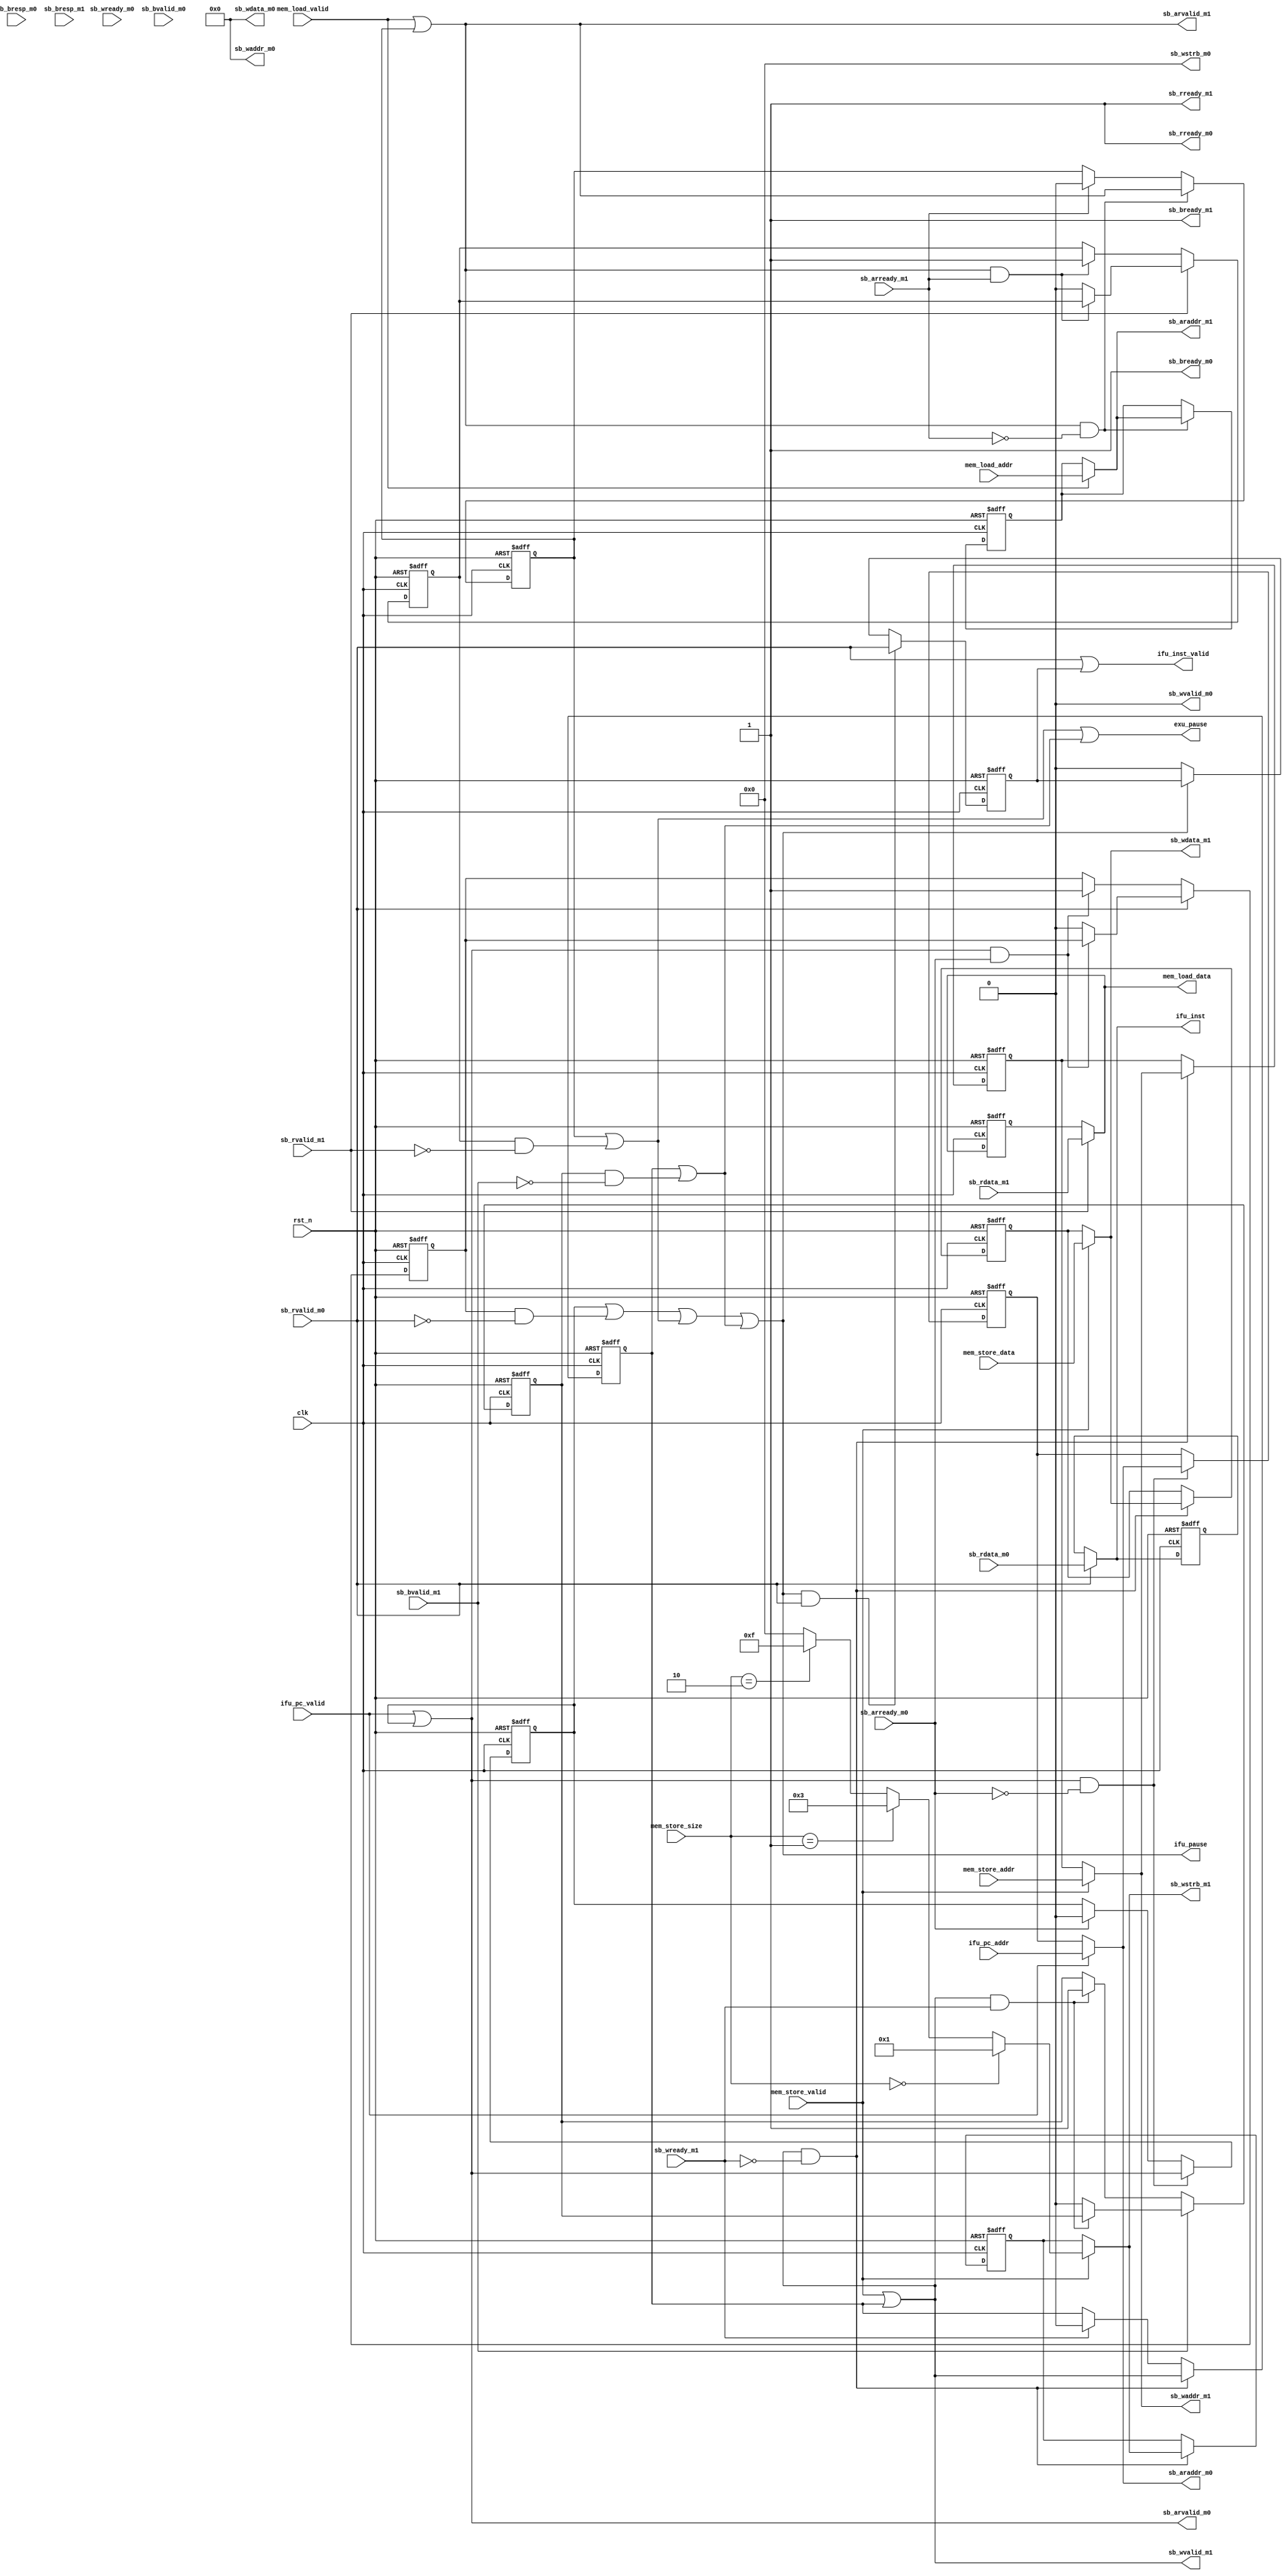
//-----------------------------------------------------------------------------
//   Copyright 2022 GanLing, 1577959692@qq.com
//
//   Licensed under the Apache License, Version 2.0 (the "License");
//   you may not use this file except in compliance with the License.
//   You may obtain a copy of the License at
//
//       http://www.apache.org/licenses/LICENSE-2.0
//
//   Unless required by applicable law or agreed to in writing, software
//   distributed under the License is distributed on an "AS IS" BASIS,
//   WITHOUT WARRANTIES OR CONDITIONS OF ANY KIND, either express or implied.
//   See the License for the specific language governing permissions and
//   limitations under the License.
//-----------------------------------------------------------------------------

module core_c1_biu (

//--------------------------------------------
// master 0: ifu instrucrtion fetch
//--------------------------------------------
input   [31:0]  ifu_pc_addr,
input           ifu_pc_valid,
output  [31:0]  ifu_inst,
output          ifu_inst_valid,

output          ifu_pause,

// read address channel
output          sb_arvalid_m0,
input           sb_arready_m0,
output  [31:0]  sb_araddr_m0,
// read data channel
input           sb_rvalid_m0,
output          sb_rready_m0,
input   [31:0]  sb_rdata_m0,
// write channel
output          sb_wvalid_m0,
input           sb_wready_m0,
output  [31:0]  sb_waddr_m0,
output  [31:0]  sb_wdata_m0,
output  [3:0]   sb_wstrb_m0,
// write response channel
input           sb_bvalid_m0,
output          sb_bready_m0,
input           sb_bresp_m0,

//--------------------------------------------
// master 1: load/store instruction
//--------------------------------------------
input           mem_load_valid,
input   [31:0]  mem_load_addr,
output  [31:0]  mem_load_data,
input           mem_store_valid,
input   [31:0]  mem_store_addr,
input   [31:0]  mem_store_data,
input   [1:0]   mem_store_size,

output          exu_pause,

// read address channel
output          sb_arvalid_m1,
input           sb_arready_m1,
output  [31:0]  sb_araddr_m1,
// read data channel
input           sb_rvalid_m1,
output          sb_rready_m1,
input   [31:0]  sb_rdata_m1,
// write channel
output          sb_wvalid_m1,
input           sb_wready_m1,
output  [31:0]  sb_waddr_m1,
output  [31:0]  sb_wdata_m1,
output  [3:0]   sb_wstrb_m1,
// write response channel
input           sb_bvalid_m1,
output          sb_bready_m1,
input           sb_bresp_m1,

input           clk,
input           rst_n

);

wire  m0_read_pause;
wire  m1_read_pause;
wire  m1_write_pause;

assign ifu_pause  = m0_read_pause | m1_read_pause | m1_write_pause;
assign exu_pause    = m1_read_pause | m1_write_pause;

//--------------------------------------------
// master 0: ifu pc fetch
//--------------------------------------------

reg           sb_arvalid_m0_r;
reg   [31:0]  sb_araddr_m0_r;
reg           sb_arflag_m0_r;     //ar
reg   [31:0]  sb_rdata_m0_r;
reg           sb_rvalid_m0_r;

always @ (posedge clk or negedge rst_n) begin
  if(!rst_n) begin
    sb_arvalid_m0_r     <=  1'b0;
    sb_araddr_m0_r      <=  32'b0;
  end
  //validready,validready
  else if(sb_arvalid_m0 & !sb_arready_m0) begin
    sb_arvalid_m0_r   <=  sb_arvalid_m0;
    sb_araddr_m0_r    <=  sb_araddr_m0;
  end
  else if(sb_arready_m0) begin
    sb_arvalid_m0_r   <=  1'b0;
  end
end

always @ (posedge clk or negedge rst_n) begin
  if(!rst_n) begin
    sb_arflag_m0_r      <=  1'b0;
    sb_rdata_m0_r       <=  32'b0;
  end
  else if(sb_rvalid_m0 & sb_rready_m0) begin
    sb_rdata_m0_r     <=  sb_rdata_m0;
    if(~(sb_arvalid_m0 & sb_arready_m0)) begin
      sb_arflag_m0_r    <=  1'b0;
    end
  end
  else if(sb_arvalid_m0 & sb_arready_m0) begin
    sb_arflag_m0_r    <=  1'b1;
  end
end

always @ (posedge clk or negedge rst_n) begin
  if(!rst_n) begin
    sb_rvalid_m0_r  <=  1'b0;
  end
  else if(ifu_pause & sb_rvalid_m0 & sb_rready_m0) begin
    sb_rvalid_m0_r  <=  sb_rvalid_m0;
  end
  else if(!ifu_pause) begin
    sb_rvalid_m0_r  <= 1'b0;
  end
end

//
//arvalidreadyarvalid
//arrvalid
assign  m0_read_pause = sb_arvalid_m0_r | (sb_arflag_m0_r & ~sb_rvalid_m0);
// read address channel
assign  sb_arvalid_m0 = ifu_pc_valid | sb_arvalid_m0_r;
assign  sb_araddr_m0  = ifu_pc_valid ? ifu_pc_addr : sb_araddr_m0_r;
// read data channel
assign  sb_rready_m0  = 1'b1;
assign  ifu_inst        = sb_rvalid_m0 ? sb_rdata_m0 : sb_rdata_m0_r;
assign  ifu_inst_valid  = sb_rvalid_m0 | sb_rvalid_m0_r;
// write channel
assign  sb_wvalid_m0  = 1'b0;
assign  sb_waddr_m0   = 32'b0;
assign  sb_wdata_m0   = 32'b0;
assign  sb_wstrb_m0   = 4'b0;
// write response channel
assign  sb_bready_m0  = 1'b1;

//--------------------------------------------
// master 1: load/store instruction
//--------------------------------------------

reg           sb_arvalid_m1_r;
reg   [31:0]  sb_araddr_m1_r;
reg           sb_arflag_m1_r;     //ar
reg   [31:0]  sb_rdata_m1_r;

always @ (posedge clk or negedge rst_n) begin
  if(!rst_n) begin
    sb_arvalid_m1_r     <=  1'b0;
    sb_araddr_m1_r      <=  32'b0;
  end
  //validready,validready
  else if(sb_arvalid_m1 & !sb_arready_m1) begin
    sb_arvalid_m1_r   <=  sb_arvalid_m1;
    sb_araddr_m1_r    <=  sb_araddr_m1;
  end
  else if(sb_arready_m1) begin
    sb_arvalid_m1_r   <=  1'b0;
  end
end

always @ (posedge clk or negedge rst_n) begin
  if(!rst_n) begin
    sb_arflag_m1_r      <=  1'b0;
    sb_rdata_m1_r       <=  32'b0;
  end
  else if(sb_rvalid_m1 & sb_rready_m1) begin
    sb_rdata_m1_r     <=  sb_rdata_m1;
    if(~(sb_arvalid_m1 & sb_arready_m1)) begin
      sb_arflag_m1_r    <=  1'b0;
    end
  end
  else if(sb_arvalid_m1 & sb_arready_m1) begin
    sb_arflag_m1_r    <=  1'b1;
  end
end

//
//arvalidreadyarvalid
//arrvalid
assign  m1_read_pause = sb_arvalid_m1_r | (sb_arflag_m1_r & ~sb_rvalid_m1);
// read address channel
assign  sb_arvalid_m1 = mem_load_valid | sb_arvalid_m1_r;
assign  sb_araddr_m1  = mem_load_valid ? mem_load_addr : sb_araddr_m1_r;
// read data channel
assign  sb_rready_m1  = 1'b1;
assign  mem_load_data = sb_rvalid_m1 ? sb_rdata_m1 : sb_rdata_m1_r;



reg           sb_wvalid_m1_r;
reg   [31:0]  sb_waddr_m1_r;
reg   [31:0]  sb_wdata_m1_r;
reg   [3:0]   sb_wstrb_m1_r;
reg           sb_wflag_m1_r;     //w

always @ (posedge clk or negedge rst_n) begin
  if(!rst_n) begin
    sb_wvalid_m1_r      <=  1'b0;
    sb_waddr_m1_r       <=  32'b0;
    sb_wdata_m1_r       <=  32'b0;
    sb_wstrb_m1_r       <=  4'b0;
  end
  else begin
    //validready,validready
    if(sb_wvalid_m1 & !sb_wready_m1) begin
      sb_wvalid_m1_r    <=  sb_wvalid_m1;
      sb_waddr_m1_r     <=  sb_waddr_m1;
      sb_wdata_m1_r     <=  sb_wdata_m1;
      sb_wstrb_m1_r     <=  sb_wstrb_m1;
    end
    else if(sb_wready_m1) begin
      sb_wvalid_m1_r    <=  1'b0;
    end
  end
end

always @ (posedge clk or negedge rst_n) begin
  if(!rst_n) begin
    sb_wflag_m1_r       <=  1'b0;
  end
  else begin
    if(sb_bvalid_m1 & sb_bready_m1) begin
      if(~(sb_wvalid_m1 & sb_wready_m1)) begin
        sb_wflag_m1_r     <=  1'b0;
      end
    end
    else if(sb_wvalid_m1 & sb_wready_m1) begin
      sb_wflag_m1_r     <=  1'b1;
    end
  end
end

wire  [3:0] mem_store_strb;
// only support 32bit align
assign      mem_store_strb  = mem_store_size == 2'b00 ? 4'h1
                            : mem_store_size == 2'b01 ? 4'h3
                            : mem_store_size == 2'b10 ? 4'hf
                            : 4'h0;
//
//wvalidreadywvalid
//wbvalid
assign  m1_write_pause = sb_wvalid_m1_r | (sb_wflag_m1_r & ~sb_bvalid_m1);
// write channel
assign  sb_wvalid_m1  = mem_store_valid | sb_wvalid_m1_r;
assign  sb_waddr_m1   = mem_store_valid ? mem_store_addr : sb_waddr_m1_r;
assign  sb_wdata_m1   = mem_store_valid ? mem_store_data : sb_wdata_m1_r;
assign  sb_wstrb_m1   = mem_store_valid ? mem_store_strb : sb_wstrb_m1_r;
// write response channel
assign  sb_bready_m1  = 1'b1;

endmodule